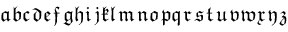
{ \mathfrak { a } } { \mathfrak { b } } { \mathfrak { c } } { \mathfrak { d } } { \mathfrak { e } } { \mathfrak { f } } { \mathfrak { g } } { \mathfrak { h } } { \mathfrak { i } } { \mathfrak { j } } { \mathfrak { k } } { \mathfrak { l } } { \mathfrak { m } } { \mathfrak { n } } { \mathfrak { o } } { \mathfrak { p } } { \mathfrak { q } } { \mathfrak { r } } { \mathfrak { s } } { \mathfrak { t } } { \mathfrak { u } } { \mathfrak { v } } { \mathfrak { w } } { \mathfrak { x } } { \mathfrak { y } } { \mathfrak { z } }